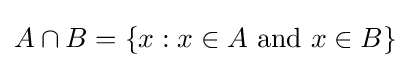
A\cap B=\{x:x\in A{\text{ and }}x\in B\}